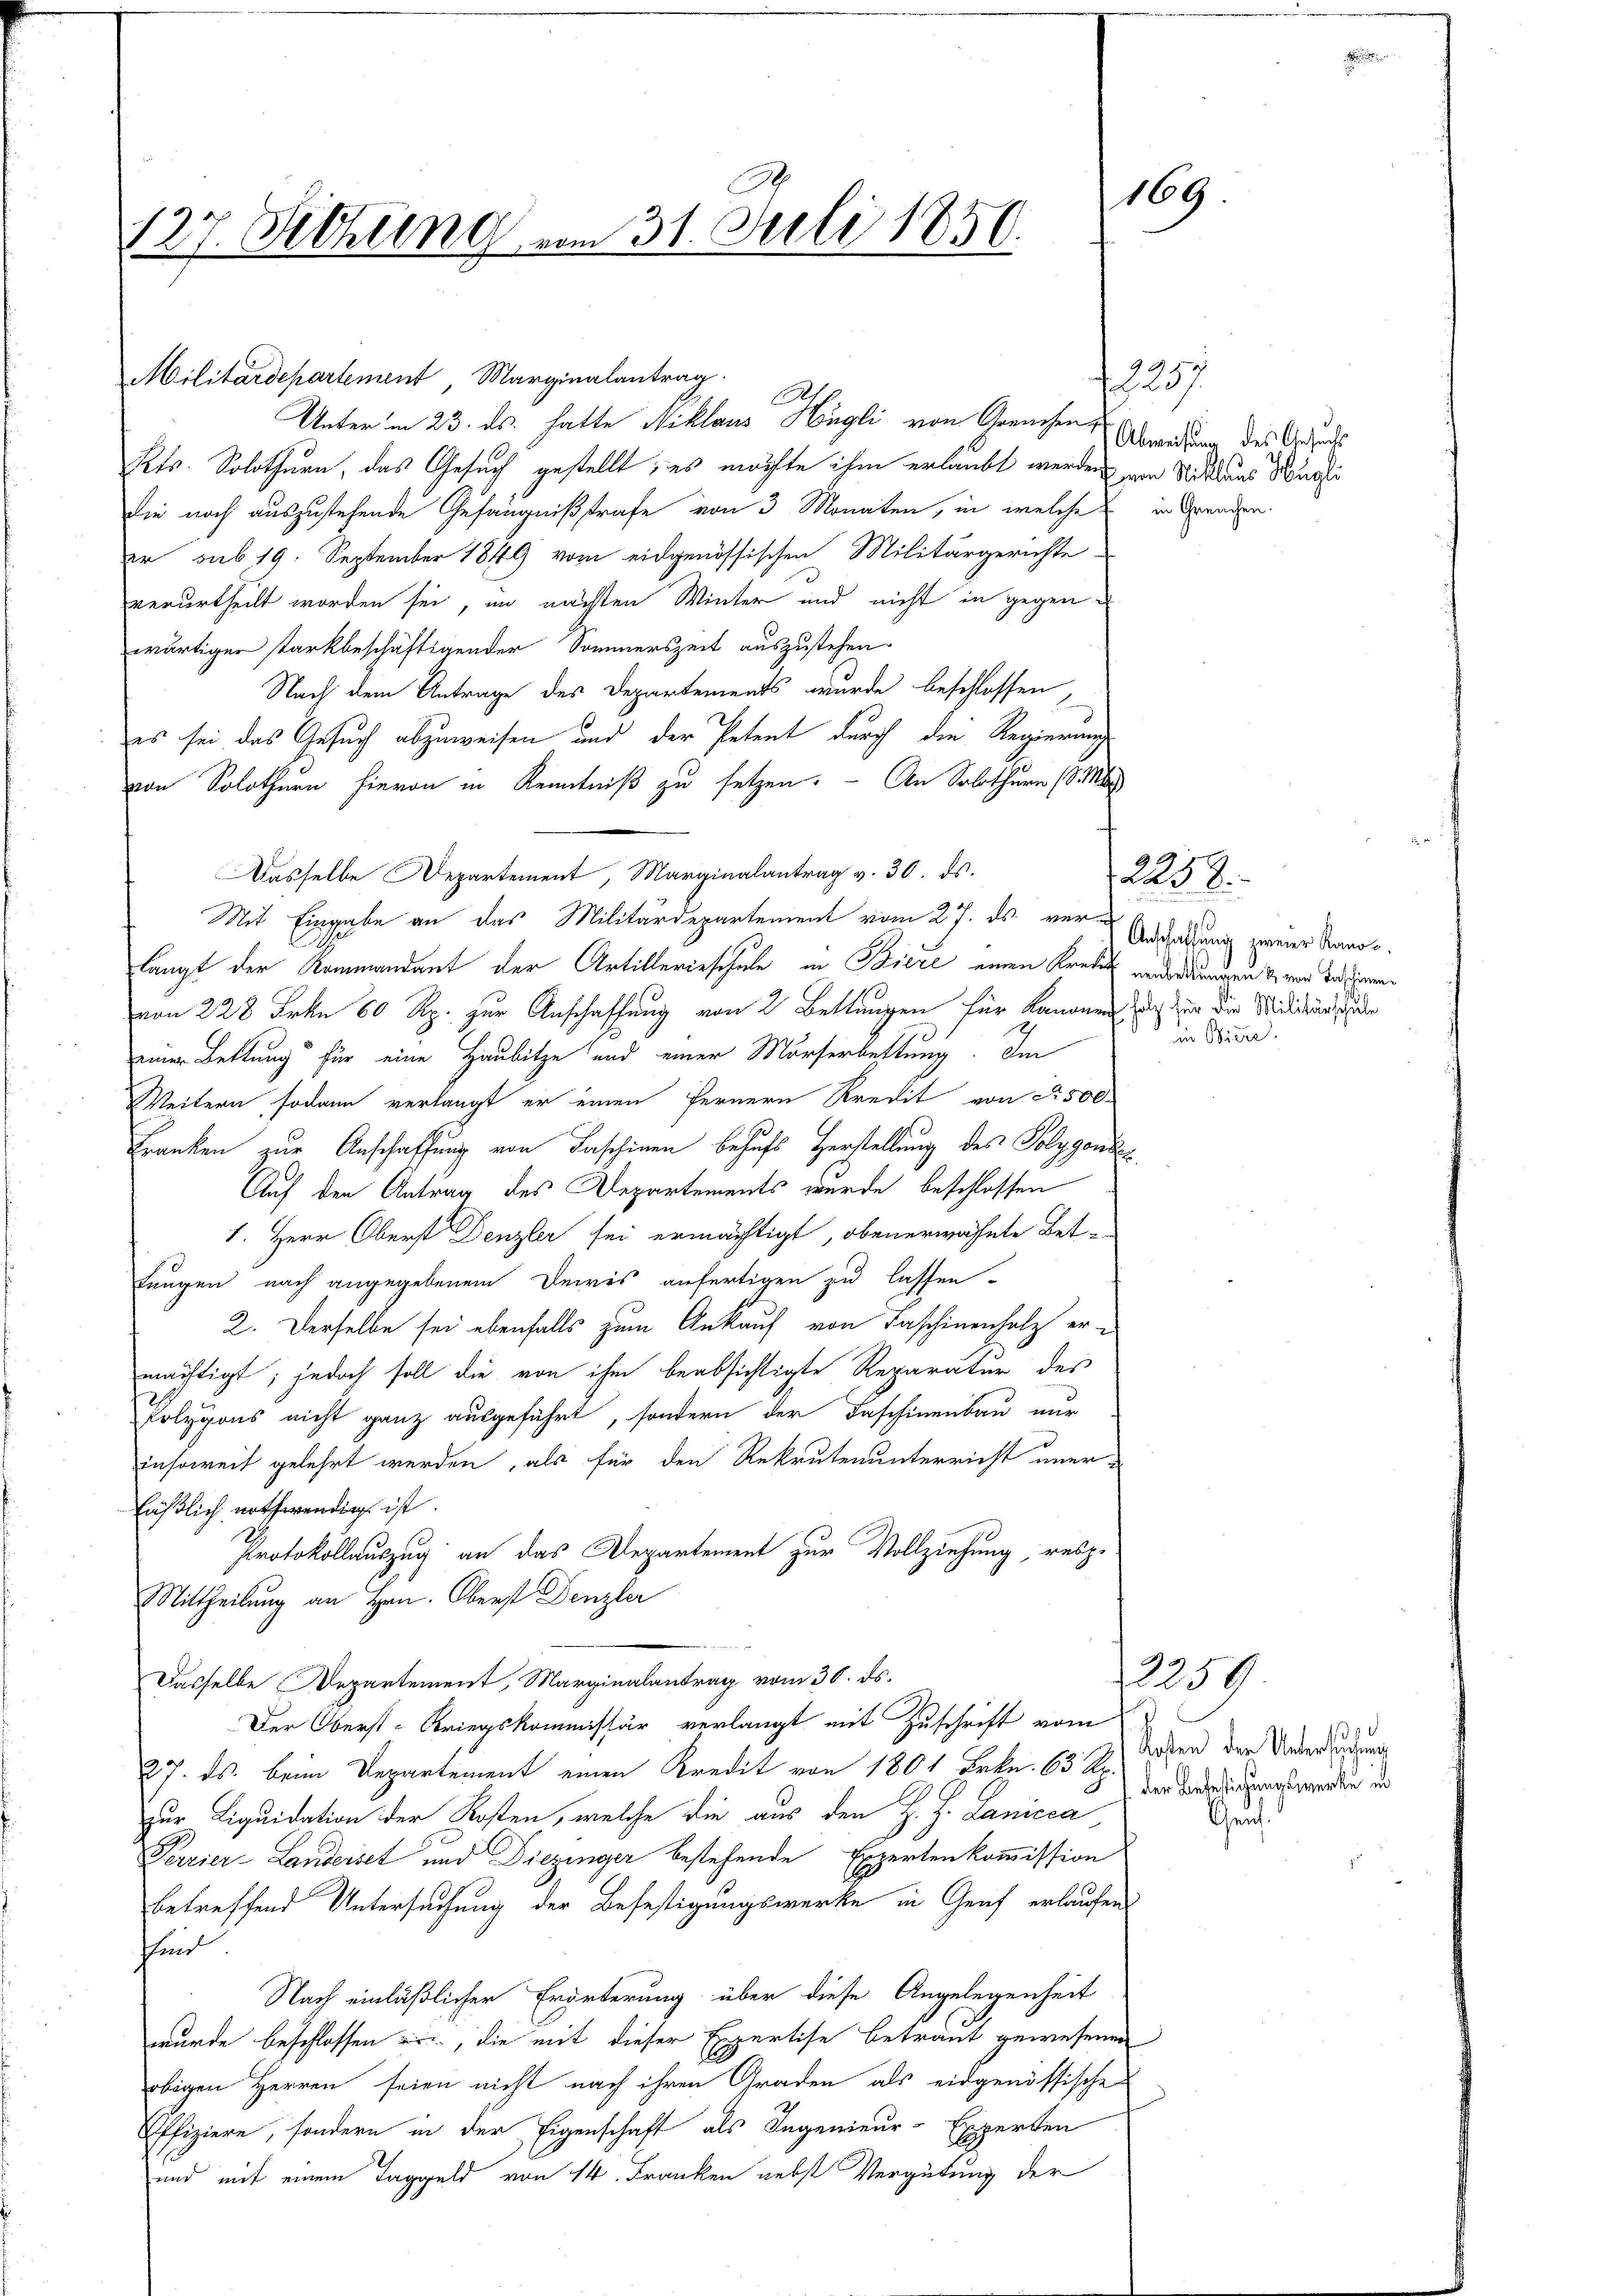
127. Dechling vom 31. Juli 1850.

Militärdepartement, Marginalantrag
Kts. Solothurn, das Gesuch gestellt; es möchte ihm erlaubt werden von Niklaus Wächti
die noch auszustehende Gefängnißstrafe von 3 Monaten, in welche in Gnaden.
er sub 19. September 1849 vom eidgenössischen Militärgerichte
verurtheilt worden sei, im nächten Winter und nicht in gegen
wärtiger starkbeschäftigender Sommerszeit auszustehen.
Nach dem Antrage des Departements wurde beschlossen,
es sei das Gesuch abzuweisen und der Petent durch die Regierungs
von Solothurn hievon in Kenntniß zu setzen. - An Solothurn (8.
Dasselbe Departement, Marginalantrag v. 30. ds.
Mit Eingabe an das Militärdepartement vom 27. ds. verlangt der Rammandant der Artillerieschule in Biere einen Kredit verredungen & von der Donnen
von 228 Frkn. 60 Rp. zur Anschaffung von 2 Bettungen für Kanonen, ich zu die Militärschieder
einer Bettung für eine Haubitze und einer Mörserbettung. Im
Weitern sodann verlangt er einen fernern Kredit von § 500.
Franken zur Anschaffung von Faschinen behufs Herstellung des Polygonis
Auf den Antrag des Departements wurde beschlossen
1. Herr Oberst Denzler sei ermächtigt, obenerwähnte Bet-
tungen nach angegebenem Decis anfertigen zu lassen-
2. Derselbe sei ebenfalls zum Ankauf von Faschinenholz ermächtigt; jedoch soll die von ihm beabsichtigte Reparatur des
Polygons nicht ganz ausgeführt, sondern der Faschinenbau nur
insoweit gelehrt werden, als für den Rekrutenunterricht uner-
fäßlich nothwendig ist.
Protokollauszug an das Departement zur Vollziehung, resp.
Mittheilung an Hrn. Oberst Denzler
Dasselbe Departement, Marginalantrag vom 30. ds.
Der Oberst-Kriegskommissär verlangt mit Zuschrift vom
27. ds. beim Departement einen Kredit von 1801 Frkn. 63 Rp.
zur Liquidation der Kosten, welche die aus den H. H. Lanicca
Perrier-Landerset und Diezinger bestehende Expertenkommission
betreffend Untersuchung der Befestigungswerke in Graf erlaufen.
sfind
Nach einläßlicher Erörterung über diese Angelegenheit
wurde beschlossen ein, die mit dieser Expertise betraut gewesenen
obigen Herren seien nicht nach ihren Graden als eidgenössische
Offiziere, sondern in der Eigenschaft als Ingenieur-Experten
und mit einem Taggeld von 14. Franken nebst Vergütung der

.
Unter in 23. ds. hatte Niklaus Hügli von Greuchen werden des Gesandts

169

1257

2253.
Anschaffung zweier Kanon.
in Obiere.

12254
sd
Kosten der Untersuchung
der Befestigungswerke in
Gen.